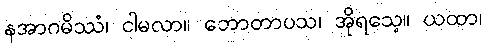
နအာဂမိဿံ၊ ငါမလာ။ ဘောတာပသ၊ အိုရသေ့။ ယထာ၊